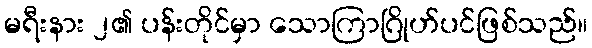
မရီးနား ၂၏ ပန်းတိုင်မှာ သောကြာဂြိုဟ်ပင်ဖြစ်သည်။